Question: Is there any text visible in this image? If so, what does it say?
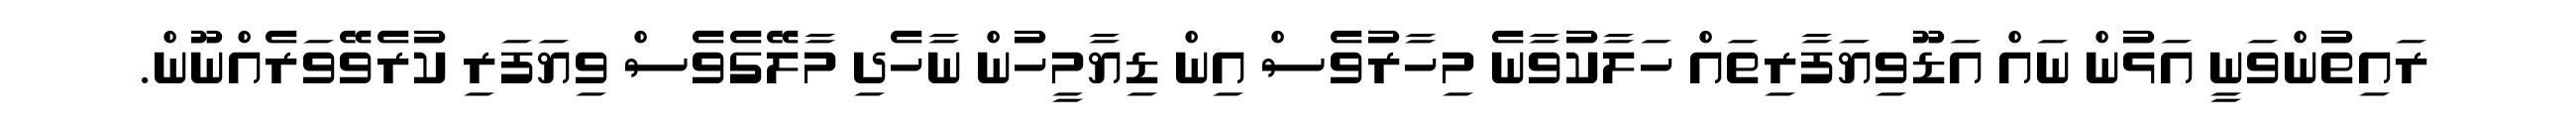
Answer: ރައިތުންވަނީ އަޅުން ނައް އަޑޫވިޔަފާރިތައް ހަލާކުވާނެ މިހާރުވެސް އިން ޑިޔާމީހުން ނާހެދި މާލޭގެވެސް ވިޔަފަރި ކުރެވޭވަރެއްނޫން.